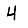
Digit: 4